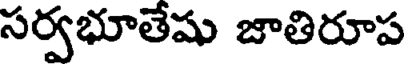
సర్వభూతేషు జాతిరూప